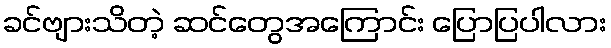
ခင်ဗျားသိတဲ့ ဆင်တွေအကြောင်း ပြောပြပါလား